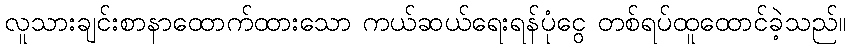
လူသားချင်းစာနာထောက်ထားသော ကယ်ဆယ်ရေးရန်ပုံငွေ တစ်ရပ်ထူထောင်ခဲ့သည်။